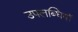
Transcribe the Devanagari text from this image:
उपलब्धियॉ